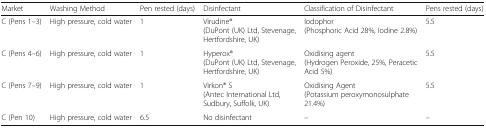
| Market | Washing Method | Pen rested (days) | Disinfectant | Classification of Disinfectant | Pens rested (days) |
 | --- | --- | --- | --- | --- | --- |
 | C (Pens 1–3) | High pressure, cold water | 1 | Virudine®(DuPont (UK) Ltd, Stevenage, Hertfordshire, UK) | Iodophor(Phosphoric Acid 28%, Iodine 2.8%) | 5.5 |
 | C (Pens 4–6) | High pressure, cold water | 1 | Hyperox®(DuPont (UK) Ltd, Stevenage, Hertfordshire, UK) | Oxidising agent(Hydrogen Peroxide, 25%, Peracetic Acid 5%) | 5.5 |
 | C (Pens 7–9) | High pressure, cold water | 1 | Virkon® S(Antec International Ltd, Sudbury, Suffolk, UK) | Oxidising Agent(Potassium peroxymonosulphate 21.4%) | 5.5 |
 | C (Pen 10) | High pressure, cold water | 6.5 | No disinfectant | – | – |